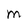
Character: M